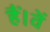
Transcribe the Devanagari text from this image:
हैं।वें